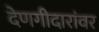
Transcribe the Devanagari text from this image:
देणगीदारांवर